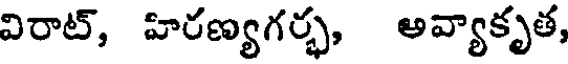
విరాట్, హిరణ్యగర్భ, అవ్యాకృత,